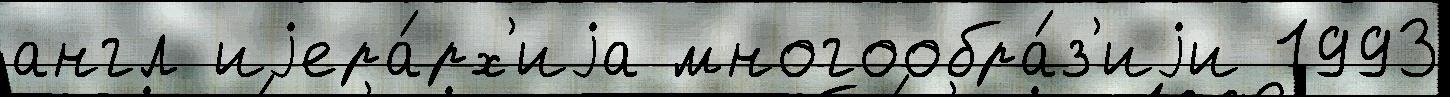
англ иjера́рх'иjа многообра́з'иjи 1993